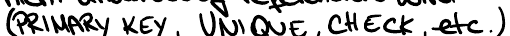
(PRIMARY KEY, UNIQUE, CHECK, etc.),,,